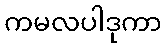
ကမလပါဒုကာ